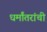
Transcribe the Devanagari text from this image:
धर्मांतरांची